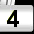
Digit: 4